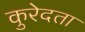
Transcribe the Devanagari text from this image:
कुरेदता